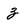
Character: z